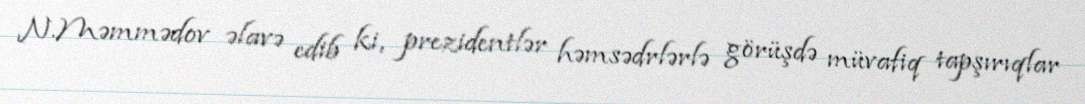
N.Məmmədov əlavə edib ki, prezidentlər həmsədrlərlə görüşdə müvafiq tapşırıqlar